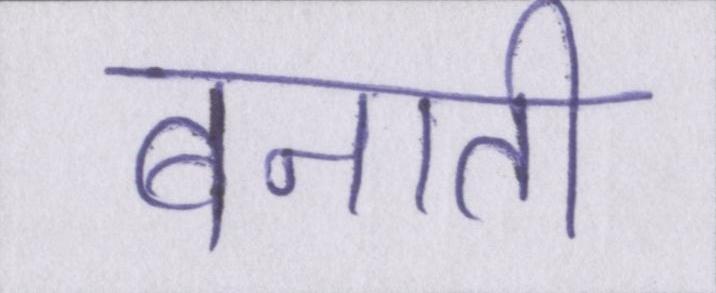
बनाती